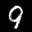
Label: 9